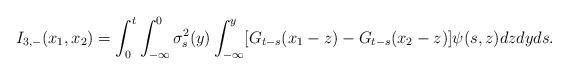
LaTeX: \begin{align*} I_{3,-} (x_1, x_2)= \int_0^t \int_{-\infty}^0 \sigma^2_s(y)\int_{-\infty} ^y[G_{t-s}(x_1-z)- G_{t-s}(x_2-z)] \psi(s,z) dz dyds. \end{align*}